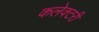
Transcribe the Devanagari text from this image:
कलेक्टरी